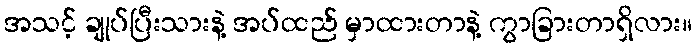
အသင့် ချုပ်ပြီးသားနဲ့ အပ်ထည် မှာထားတာနဲ့ ကွာခြားတာရှိလား။